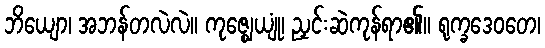
ဘိယျော၊ အဘန်တလဲလဲ။ ကုဇ္ဈေယျုံ၊ ညှင်းဆဲကုန်ရာ၏။ ရုက္ခဒေဝတေ၊